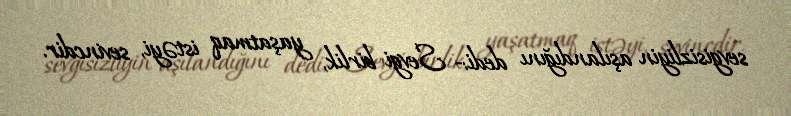
sevgisizliyin aşılandığını dedi:- Sevgi birlik, yaşatmaq istəyi, sevincdir.